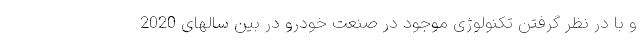
و با در نظر گرفتن تکنولوژی موجود در صنعت خودرو در بین سالهای 2020